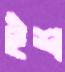
হুঁশ